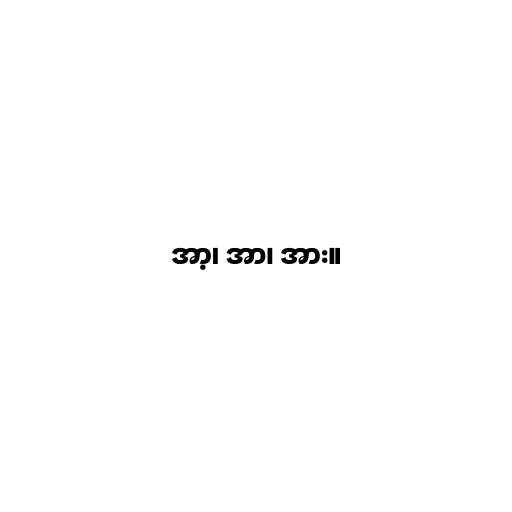
အာ့၊ အာ၊ အား။